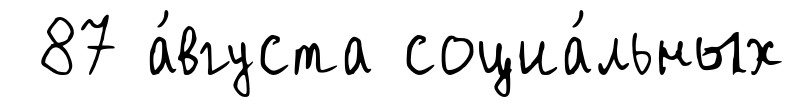
87 а́вгуста социа́льных